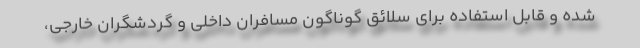
شده و قابل استفاده برای سلائق گوناگون مسافران داخلی و گردشگران خارجی،